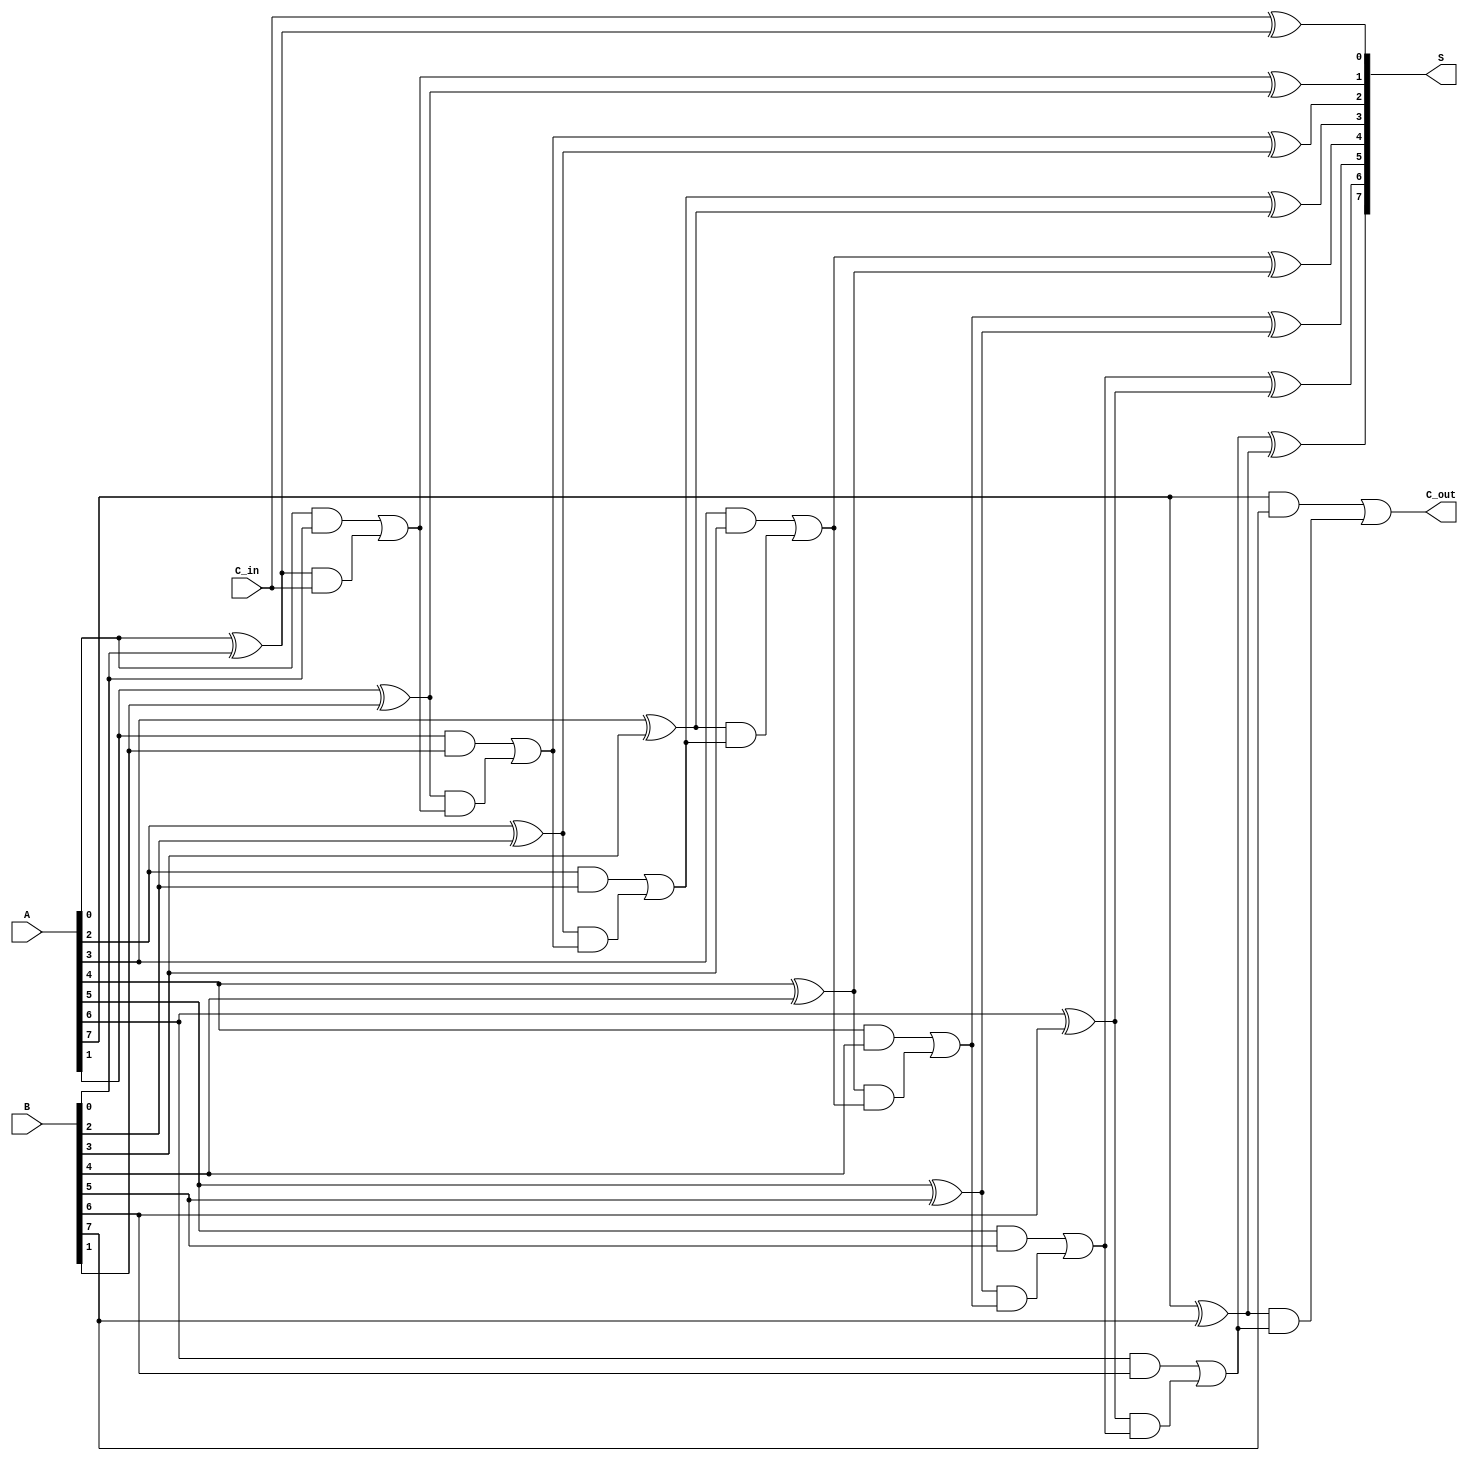
module A2_Q1_carry_look_ahead_adder(C_out,S,A,B,C_in);
input [7:0] A;
input [7:0] B;
input C_in;
output C_out;
output [7:0] S;
wire [7:0] P; //P[i](propogator) corresponds to the XOR of the ith digits of A and B
wire [7:0] G; //G[i](generator) corresponds to the AND of the ith digits of A and B
wire [8:0] C; //C[i] (carry) corresponds to the ith digit of the carry,where C[0] is C_in
//We write each bit of carry in terms of C_in to minimise delay.
assign G[0]=A[0]&B[0];
assign P[0]=A[0]^B[0];
assign C[0]=C_in;
assign S[0]=C[0]^P[0];
generate
genvar i;
    for (i=1; i<8; i=i+1) begin
            assign G[i]=A[i]&B[i];
            assign P[i]=A[i]^B[i];
            assign C[i]=G[i-1]|P[i-1]&C[i-1];
            assign S[i]=C[i]^P[i];
    end
endgenerate
assign C[8]=G[7]|P[7]&C[7];
assign C_out=C[8];
endmodule